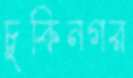
চুকিনগর